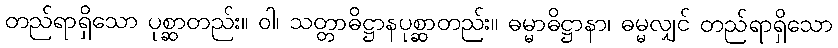
တည်ရာရှိသော ပုစ္ဆာတည်း။ ဝါ၊ သတ္တာဓိဋ္ဌာနပုစ္ဆာတည်း။ ဓမ္မာဓိဋ္ဌာနာ၊ ဓမ္မလျှင် တည်ရာရှိသော